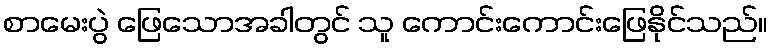
စာမေးပွဲ ဖြေသောအခါတွင် သူ ကောင်းကောင်းဖြေနိုင်သည်။